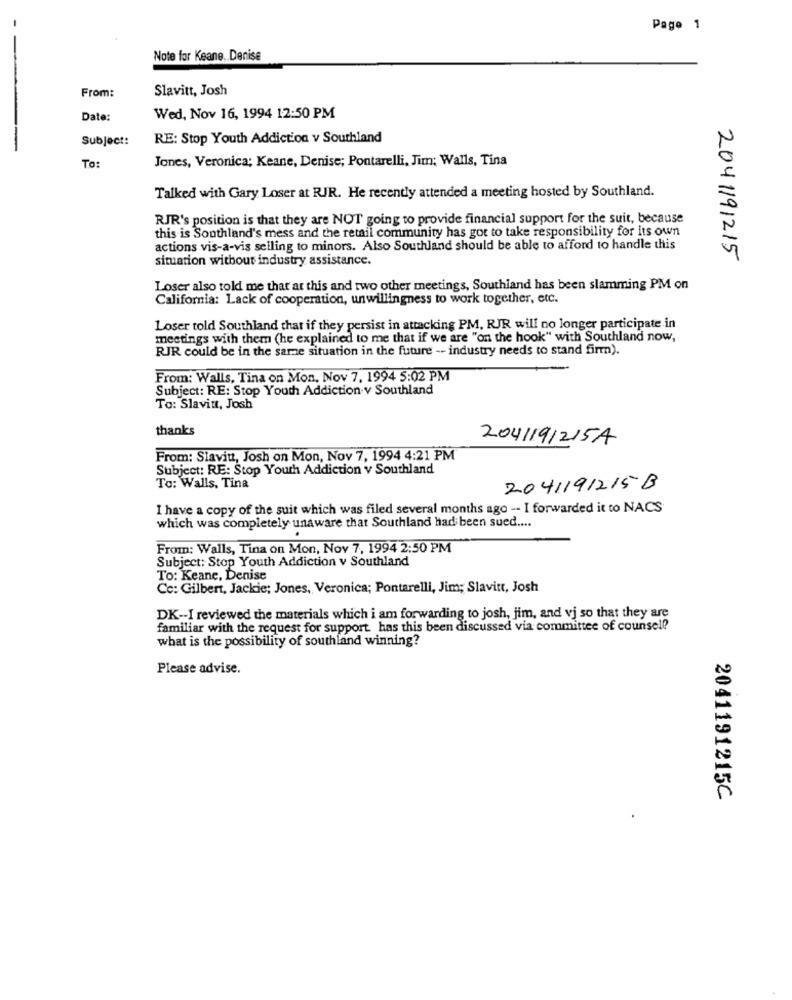
-
Page 1
Note for Keane .. Denise
From:
Slavitt, Josh
Date:
Wed, Nov 16, 1994 12:50 PM
Subject:
RE: Stop Youth Addiction v Southland
Jones, Veronica; Keane, Denise; Pontarelli, Jim; Walls, Tina
To:
Talked with Gary Loser at RJR. He recently attended a meeting hosted by Southland.
RJR's position is that they are NOT going to provide financial support for the suit, because
this is Southland's mess and the retail community has got to take responsibility for its own
actions vis-a-vis selling to minors. Also Southland should be able to afford to handle this
situation without industry assistance.
2041191215
Loser also told me that at this and two other meetings, Southland has been slamming PM on
California: Lack of cooperation, unwillingness to work together, etc.
Loser told Southland that if they persist in attacking PM, RJR will no longer participate in
meetings with them (he explained to me that if we are "on the hook" with Southland now,
RIR could be in the sarze situation in the future -- industry needs to stand firm).
From: Walls, Tina on Mon, Nov 7, 1994 5:02 PM
Subject: RE: Stop Youth Addiction v Southland
To: Slavitt, Josh
thanks
2041191215A
From: Slavitt, Josh on Mon, Nov 7, 1994 4:21 PM
Subject: RE: Stop Yourh Addiction v Southland
To: Walls, Tina
2041191215 B
I have a copy of the suit which was filed several months ago -- I forwarded it to NACS
which was completely unaware that Southland had been sued ....
From: Walls, Tina on Mon, Nov 7, 1994 2:50 PM
Subject: Stop Youth Addiction v Southland
To: Keane, Denise
Cc: Gilbert, Jackie; Jones, Veronica; Pontarelli, Jim; Slavitt, Josh
DK -- I reviewed the materials which i am forwarding to josh, jim, and vi so that they are
familiar with the request for support, has this been discussed via committee of counsel?
what is the possibility of southland winning?
Please advise.
2041191215C